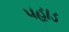
પહાડ